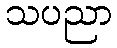
သပညာ